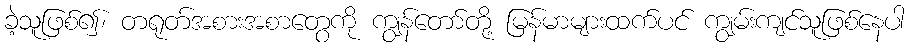
ခဲ့သူဖြစ်၍၊ တရုတ်အစားအစာတွေကို ကျွန်တော်တို့ မြန်မာများထက်ပင် ကျွမ်းကျင်သူဖြစ်နေပါ